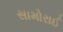
સામોરાઈ